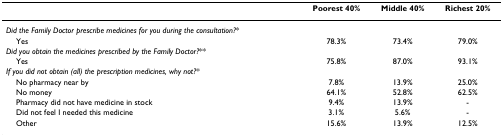
<table><thead><tr><td></td><td><b>Poorest 40%</b></td><td><b>Middle 40%</b></td><td><b>Richest 20%</b></td></tr></thead><tbody><tr><td><i>Did the Family Doctor prescribe medicines for you during the consultation?</i>*</td><td></td><td></td><td></td></tr><tr><td> Yes</td><td>78.3%</td><td>73.4%</td><td>79.0%</td></tr><tr><td><i>Did you obtain the medicines prescribed by the Family Doctor?</i>**</td><td></td><td></td><td></td></tr><tr><td> Yes</td><td>75.8%</td><td>87.0%</td><td>93.1%</td></tr><tr><td><i>If you did not obtain (all) the prescription medicines, why not?</i>*</td><td></td><td></td><td></td></tr><tr><td> No pharmacy near by</td><td>7.8%</td><td>13.9%</td><td>25.0%</td></tr><tr><td> No money</td><td>64.1%</td><td>52.8%</td><td>62.5%</td></tr><tr><td> Pharmacy did not have medicine in stock</td><td>9.4%</td><td>13.9%</td><td>-</td></tr><tr><td> Did not feel I needed this medicine</td><td>3.1%</td><td>5.6%</td><td>-</td></tr><tr><td> Other</td><td>15.6%</td><td>13.9%</td><td>12.5%</td></tr></tbody></table>